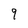
Character: 9